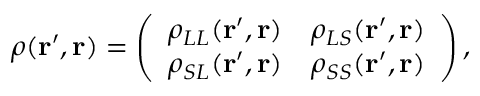
\rho ( \mathbf { r ^ { \prime } } , \mathbf { r } ) = \left( \begin{array} { l l } { \rho _ { L L } ( \mathbf { r ^ { \prime } } , \mathbf { r } ) } & { \rho _ { L S } ( \mathbf { r ^ { \prime } } , \mathbf { r } ) } \\ { \rho _ { S L } ( \mathbf { r ^ { \prime } } , \mathbf { r } ) } & { \rho _ { S S } ( \mathbf { r ^ { \prime } } , \mathbf { r } ) } \end{array} \right) ,